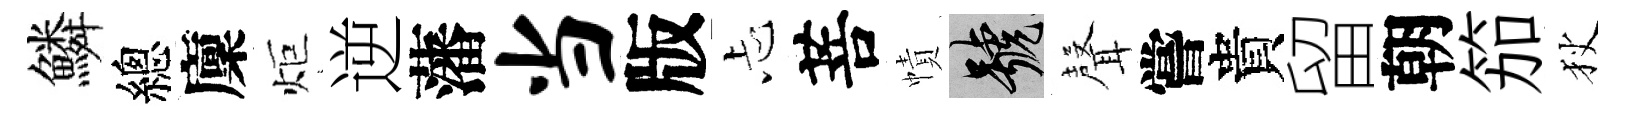
鱗總廩炬逆藩当版忐菩幘號𮋻嘗貴留朝笳狄